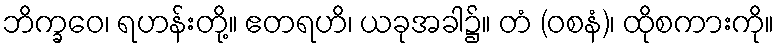
ဘိက္ခဝေ၊ ရဟန်းတို့။ ဧတရဟိ၊ ယခုအခါ၌။ တံ (ဝစနံ)၊ ထိုစကားကို။